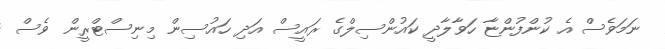
ނަމަވެސް އެ ކުންފުންޏާ ހަވާލާދީ ކައުންސިލްގެ ރައީސް އަދި ހައުސިން މިނިސްޓްރީން ވެސް